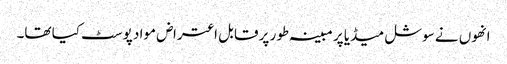
انھوں نے سوشل میڈیا پر مبینہ طور پر قابل اعتراض مواد پوسٹ کیا تھا۔